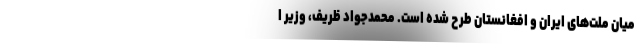
میان ملت‌های ایران و افغانستان طرح شده است. محمدجواد ظریف، وزیر ا